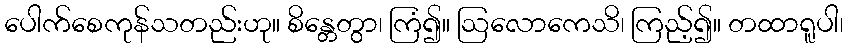
ပေါက်စေကုန်သတည်းဟု။ စိန္တေတွာ၊ ကြံ၍။ ဩလောကေသိ၊ ကြည့်၍။ တထာရူပါ၊